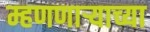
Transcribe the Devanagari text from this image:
म्हणणार्‍याच्या